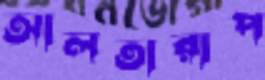
আলতারাপ